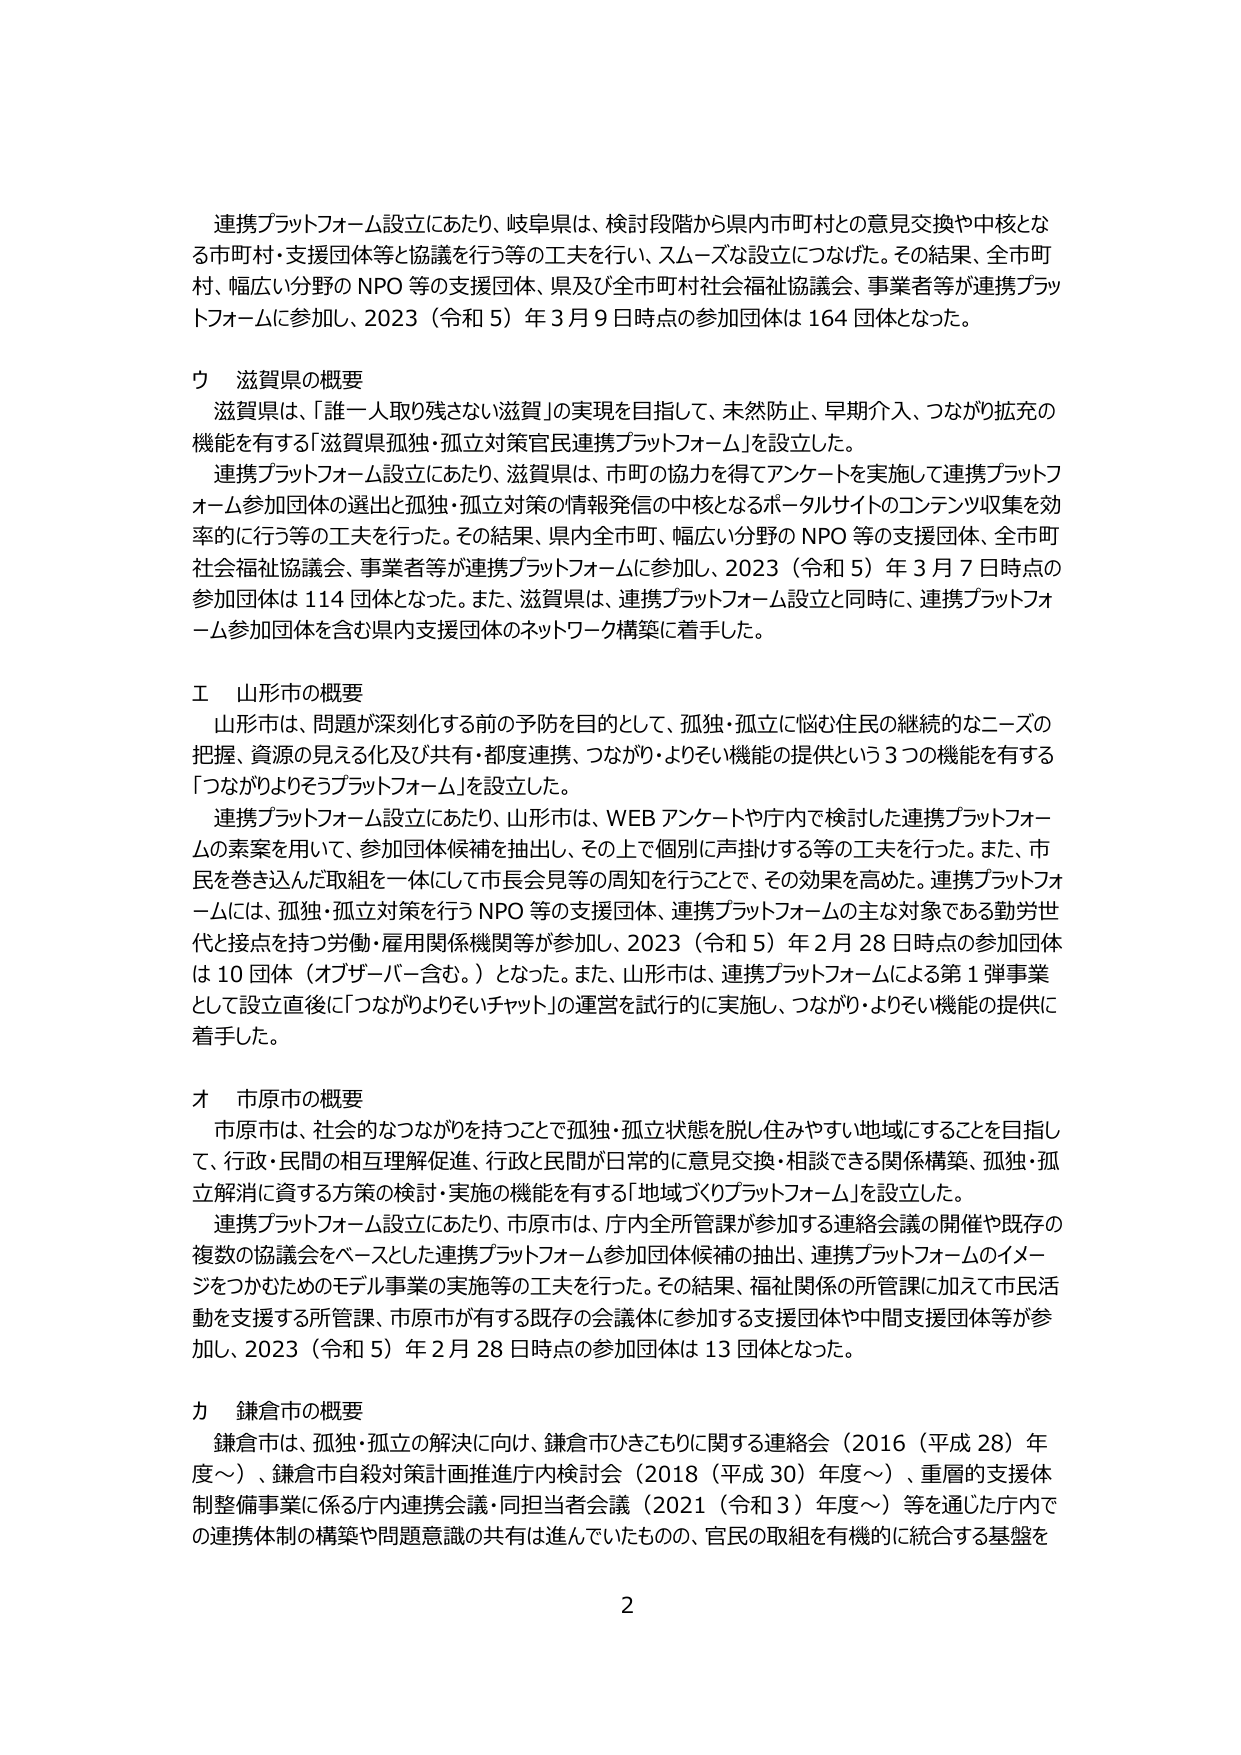
連携プラットフォーム設立にあたり、岐阜県は、検討段階から県内市町村との意見交換や中核となる市町村・支援団体等と協議を行う等の工夫を行い、スムーズな設立につなげた。その結果、全市町村、幅広い分野のNPO等の支援団体、県及び全市町村社会福祉協議会、事業者等が連携プラットフォームに参加し、2023（令和5）年3月9日時点の参加団体は164団体となった。

ウ 滋賀県の概要
滋賀県は、「誰一人取り残さない滋賀」の実現を目指して、未然防止、早期介入、つながり拡充の機能を有する「滋賀県孤独・孤立対策官民連携プラットフォーム」を設立した。
連携プラットフォーム設立にあたり、滋賀県は、市町の協力を得てアンケートを実施して連携プラットフォーム参加団体の選出と孤独・孤立対策の情報発信の中核となるポータルサイトのコンテンツ収集を効率的に行う等の工夫を行った。その結果、県内全市町、幅広い分野のNPO等の支援団体、全市町社会福祉協議会、事業者等が連携プラットフォームに参加し、2023（令和5）年3月7日時点の参加団体は114団体となった。また、滋賀県は、連携プラットフォーム設立と同時に、連携プラットフォーム参加団体を含む県内支援団体のネットワーク構築に着手した。

エ 山形市の概要
山形市は、問題が深刻化する前の予防を目的として、孤独・孤立に悩む住民の継続的なニーズの把握、資源の見える化及び共有・都度連携、つながり・よろずい機能の提供という3つの機能を有する「つながりよろずプラットフォーム」を設立した。
連携プラットフォーム設立にあたり、山形市は、WEBアンケートや庁内で検討した連携プラットフォームの素案を用いて、参加団体候補を抽出し、その上で個別に声掛けする等の工夫を行った。また、市民を巻き込んだ取組を一体にして市長会見等の周知を行うことで、その効果を高めた。連携プラットフォームには、孤独・孤立対策を行うNPO等の支援団体、連携プラットフォームの主な対象である勤労世代と接点を持つ労働・雇用関係機関等が参加し、2023（令和5）年2月28日時点の参加団体は10団体（オブザーバー含む。）となった。また、山形市は、連携プラットフォームによる第1弾事業として設立直後に「つながりよろずいチャット」の運営を試行的に実施し、つながり・よろずい機能の提供に着手した。

オ 市原市の概要
市原市は、社会的なつながりを持つことで孤独・孤立状態を脱し住みやすい地域にすることを目指して、行政・民間の相互理解促進、行政と民間が日常的に意見交換・相談できる関係構築、孤独・孤立解消に資する方策の検討・実施の機能を有する「地域づくりプラットフォーム」を設立した。
連携プラットフォーム設立にあたり、市原市は、庁内全所管課が参加する連絡会議の開催や既存の複数の協議会をベースとした連携プラットフォーム参加団体候補の抽出、連携プラットフォームのイメージをつかむためのモデル事業の実施等の工夫を行った。その結果、福祉関係の所管課に加えて市民活動を支援する所管課、市原市が有する既存の会議体に参加する支援団体や中間支援団体等が参加し、2023（令和5）年2月28日時点の参加団体は13団体となった。

カ 鎌倉市の概要
鎌倉市は、孤独・孤立の解決に向け、鎌倉市ひきこもりに関する連絡会（2016（平成28）年度～）、鎌倉市自殺対策計画推進庁内検討会（2018（平成30）年度～）、重層的支援体制整備事業に係る庁内連携会議・同担当者会議（2021（令和3）年度～）等を通じた庁内での連携体制の構築や問題意識の共有は進んでいたものの、官民の取組を有機的に統合する基盤を

2